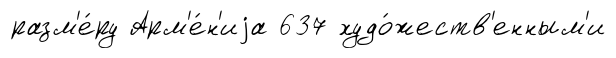
разм'е́ру Арм'е́н'иjа 637 худо́жеств'енным'и